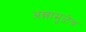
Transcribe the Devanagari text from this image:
अन्नामुळेच